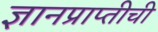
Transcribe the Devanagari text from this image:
ज्ञानप्राप्तीची